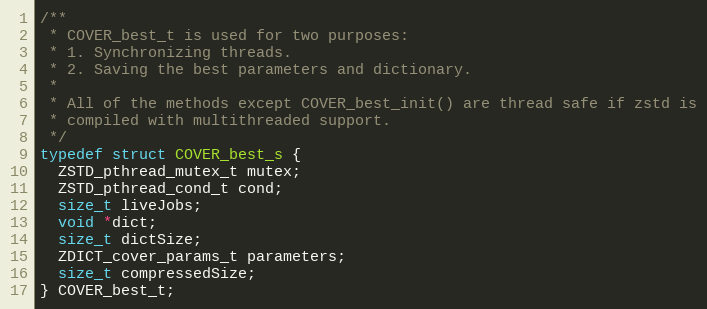
Language: C
/**
 * COVER_best_t is used for two purposes:
 * 1. Synchronizing threads.
 * 2. Saving the best parameters and dictionary.
 *
 * All of the methods except COVER_best_init() are thread safe if zstd is
 * compiled with multithreaded support.
 */
typedef struct COVER_best_s {
  ZSTD_pthread_mutex_t mutex;
  ZSTD_pthread_cond_t cond;
  size_t liveJobs;
  void *dict;
  size_t dictSize;
  ZDICT_cover_params_t parameters;
  size_t compressedSize;
} COVER_best_t;